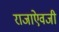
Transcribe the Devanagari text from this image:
राजाएेवजी